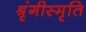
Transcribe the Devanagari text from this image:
श्रृंगीस्मृति